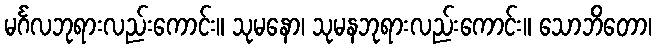
မင်္ဂလဘုရားလည်းကောင်း။ သုမနော၊ သုမနဘုရားလည်းကောင်း။ သောဘိတော၊